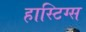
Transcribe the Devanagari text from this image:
हास्टिग्स